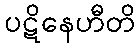
ပဋိနေဟီတိ